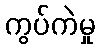
ကွပ်ကဲမှု